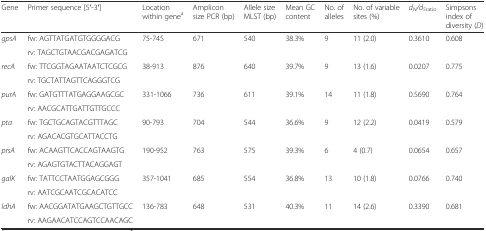
<table><thead><tr><td><b>Gene</b></td><td><b>Primer sequence [5′-3′]</b></td><td><b>Location within gene<sup>a</sup></b></td><td><b>Amplicon size PCR (bp)</b></td><td><b>Allele size MLST (bp)</b></td><td><b>Mean GC content</b></td><td><b>No. of alleles</b></td><td><b>No. of variable sites (%)</b></td><td><b><i>d</i><sub><i>N</i></sub><i>/d</i><sub><i>S</i>ratio</sub></b></td><td><b>Simpsons index of diversity (<i>D</i>)</b></td></tr></thead><tbody><tr><td rowspan="2"><i>gpsA</i></td><td>fw: AGTTATGATGTGGGGACG</td><td rowspan="2">75-745</td><td rowspan="2">671</td><td rowspan="2">540</td><td rowspan="2">38.3%</td><td rowspan="2">9</td><td rowspan="2">11 (2.0)</td><td rowspan="2">0.3610</td><td rowspan="2">0.608</td></tr><tr><td>rv: TAGCTGTAACGACGAGATCG</td></tr><tr><td rowspan="2"><i>recA</i></td><td>fw: TTCGGTAGAATAATCTCGCG</td><td rowspan="2">38-913</td><td rowspan="2">876</td><td rowspan="2">640</td><td rowspan="2">39.7%</td><td rowspan="2">9</td><td rowspan="2">13 (1.6)</td><td rowspan="2">0.0207</td><td rowspan="2">0.775</td></tr><tr><td>rv: TGCTATTAGTTCAGGGTCG</td></tr><tr><td rowspan="2"><i>purA</i></td><td>fw: GATGTTTATGAGGAAGCGC</td><td rowspan="2">331-1066</td><td rowspan="2">736</td><td rowspan="2">611</td><td rowspan="2">39.1%</td><td rowspan="2">14</td><td rowspan="2">11 (1.8)</td><td rowspan="2">0.5690</td><td rowspan="2">0.764</td></tr><tr><td>rv: AACGCATTGATTGTTGCCC</td></tr><tr><td rowspan="2"><i>pta</i></td><td>fw: TGCTGCAGTACGTTTAGC</td><td rowspan="2">90-793</td><td rowspan="2">704</td><td rowspan="2">544</td><td rowspan="2">36.6%</td><td rowspan="2">9</td><td rowspan="2">12 (2.2)</td><td rowspan="2">0.0419</td><td rowspan="2">0.579</td></tr><tr><td>rv: AGACACGTGCATTACCTG</td></tr><tr><td rowspan="2"><i>prsA</i></td><td>fw: ACAAGTTCACCAGTAAGTG</td><td rowspan="2">190-952</td><td rowspan="2">763</td><td rowspan="2">575</td><td rowspan="2">39.3%</td><td rowspan="2">6</td><td rowspan="2">4 (0.7)</td><td rowspan="2">0.0654</td><td rowspan="2">0.657</td></tr><tr><td>rv: AGAGTGTACTTACAGGAGT</td></tr><tr><td rowspan="2"><i>galK</i></td><td>fw: TATTCCTAATGGAGCGGG</td><td rowspan="2">357-1041</td><td rowspan="2">685</td><td rowspan="2">554</td><td rowspan="2">36.8%</td><td rowspan="2">13</td><td rowspan="2">10 (1.8)</td><td rowspan="2">0.0766</td><td rowspan="2">0.740</td></tr><tr><td>rv: AATCGCAATCGCACATCC</td></tr><tr><td rowspan="2"><i>ldhA</i></td><td>fw: AACGGATATGAAGCTGTTGCC</td><td rowspan="2">136-783</td><td rowspan="2">648</td><td rowspan="2">531</td><td rowspan="2">40.3%</td><td rowspan="2">11</td><td rowspan="2">14 (2.6)</td><td rowspan="2">0.3390</td><td rowspan="2">0.681</td></tr><tr><td>rv: AAGAACATCCAGTCCAACAGC</td></tr></tbody></table>